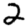
Digit: 2